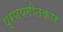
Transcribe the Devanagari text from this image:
प्रणयगीतकार